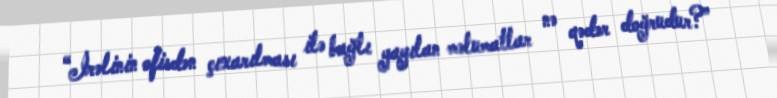
“İrəlinin ofisdən çıxarılması ilə bağlı yayılan məlumatlar nə qədər doğrudur?”